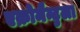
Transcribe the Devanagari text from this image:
एक्रोमैन्टुला